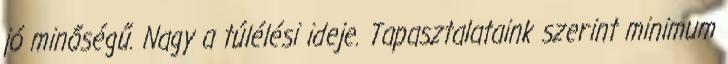
jó minőségű. Nagy a túlélési ideje. Tapasztalataink szerint minimum